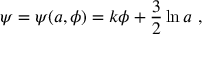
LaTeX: \psi = \psi ( a , \phi ) = k \phi + \frac { 3 } { 2 } \ln { a } \ ,